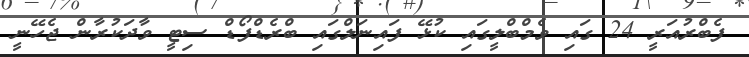
ފެބްރުއަރީ 24 ގައި ވެމްބްލީގައި ކުޅޭ ފައިނަލްގައި ބްރެޑްފޯޑް ސިޓީ ވާދަކުރާން ޖެހޭނީ